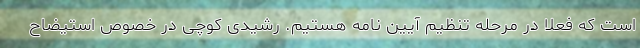
است که فعلا در مرحله تنظیم آیین نامه هستیم. رشیدی کوچی در خصوص استیضاح